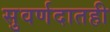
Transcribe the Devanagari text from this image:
सुवर्णदातही